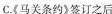
C.《马关条约》签订之后